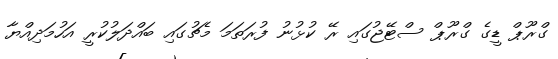
ގްރޫޕް ޑީގެ ގްރޫޕް ސްޓޭޖުގައި ރޭ ކުޅުނު ފުރަތަމަ މެޗުގައި ބައްދަލުކުރީ އަހުމަދިއްޔާ